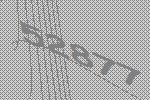
52877